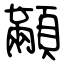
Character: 顢